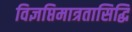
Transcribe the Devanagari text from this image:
विज्ञप्तिमात्रतासिद्धि